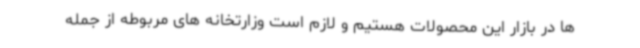
ها در بازار این محصولات هستیم و لازم است وزارتخانه های مربوطه از جمله